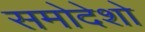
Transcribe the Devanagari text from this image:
समोदेशो